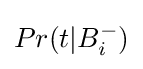
Pr(t|B_{i}^{-})